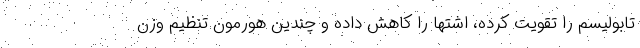
تابولیسم را تقویت کرده، اشتها را کاهش داده و چندین هورمون تنظیم وزن